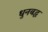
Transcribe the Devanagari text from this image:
धुनबद्ध